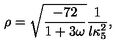
\rho = \sqrt { \frac { - 7 2 } { 1 + 3 \omega } } \frac { 1 } { l \kappa _ { 5 } ^ { 2 } } ,